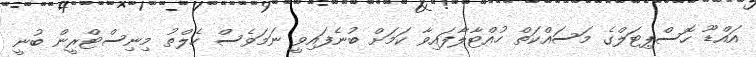
އައްޑޫ ހޮސްޕިޓަލްގެ މަސައްކަތް ހުއްޓާލާފައިވާ ކަމަށް ބުނެފައިވީ ނަމަވެސް ހެލްތު މިނިސްޓްރީން ބުނީ